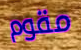
مقوم